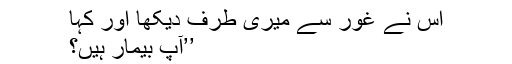
اس نے غور سے میری طرف دیکھا اور کہا
’’آپ بیمار ہیں؟